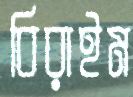
বিরাইম